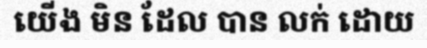
យើង មិន ដែល បាន លក់ ដោយ